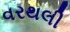
વરથલી